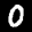
Label: 0